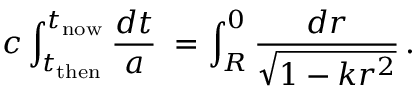
c \int _ { t _ { \mathrm { t h e n } } } ^ { t _ { \mathrm { n o w } } } { \frac { d t } { a } } \; = \int _ { R } ^ { 0 } { \frac { d r } { \sqrt { 1 - k r ^ { 2 } } } } \, .